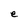
Character: e